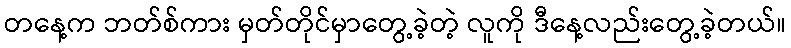
တနေ့က ဘတ်စ်ကား မှတ်တိုင်မှာတွေ့ခဲ့တဲ့ လူကို ဒီနေ့လည်းတွေ့ခဲ့တယ်။